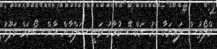
ކްލޯތުސް ލައިނަކާ އެކު އަކްޝޭ ކުމާރު ވަނީ ސަލްމާން ހާން ސޯނަމް ކަޕޫރު